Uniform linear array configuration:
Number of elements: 64
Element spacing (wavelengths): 0.5
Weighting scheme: uniform
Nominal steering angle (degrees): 0
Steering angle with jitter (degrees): -1.42
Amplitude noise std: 0.05
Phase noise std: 0.05

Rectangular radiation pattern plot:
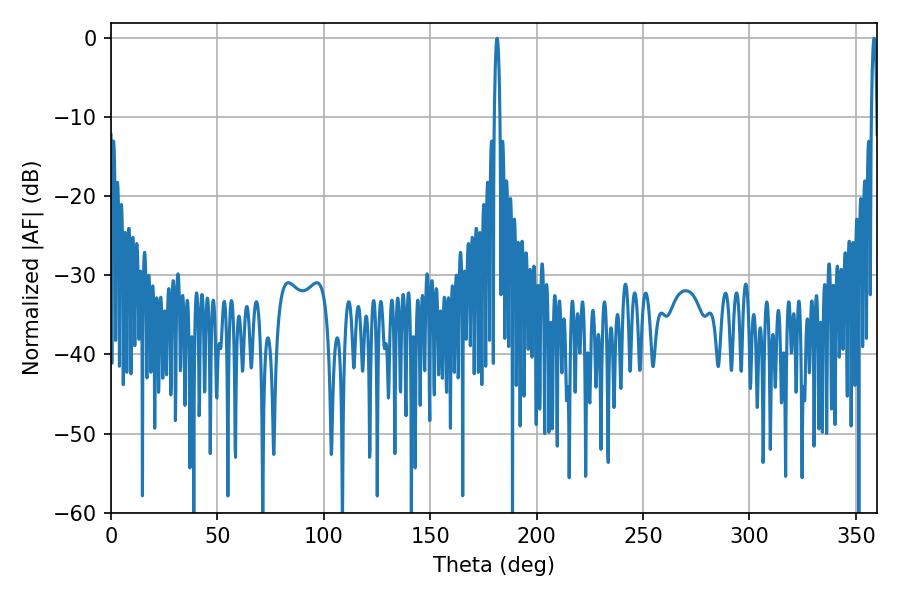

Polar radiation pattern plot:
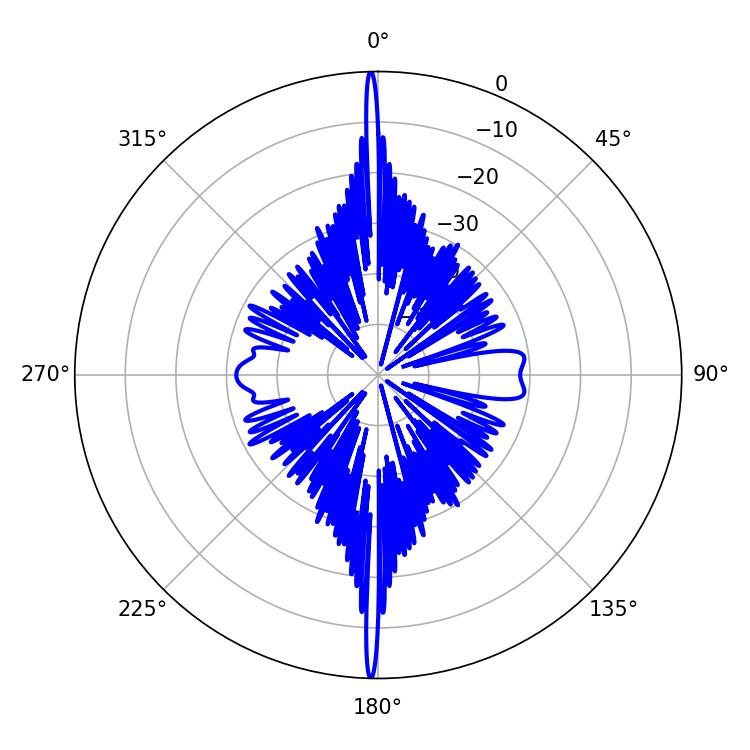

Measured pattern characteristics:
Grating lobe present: FALSE
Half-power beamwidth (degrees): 1.44
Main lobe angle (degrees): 358.56